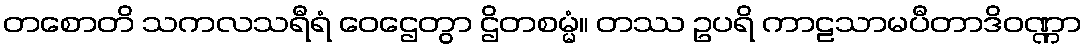
တစောတိ သကလသရီရံ ဝေဌေတွာ ဌိတစမ္မံ။ တဿ ဥပရိ ကာဠသာမပီတာဒိဝဏ္ဏာ